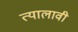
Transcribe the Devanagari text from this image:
त्यालावी